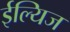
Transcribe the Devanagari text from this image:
ईल्यिज